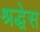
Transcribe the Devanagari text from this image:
श्रद्धेस